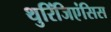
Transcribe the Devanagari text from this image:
थुरिंजिएंसिस